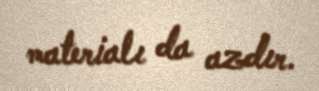
materialı da azdır.